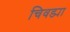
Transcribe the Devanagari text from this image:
चिवड्या